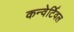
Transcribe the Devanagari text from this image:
कन्वेर्टिवल